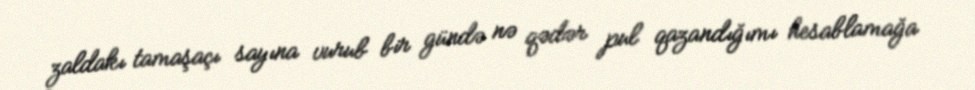
zaldakı tamaşaçı sayına vurub bir gündə nə qədər pul qazandığımı hesablamağa